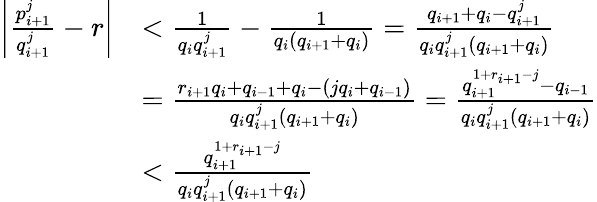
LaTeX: \begin{array}{rl}{\left|\frac{p_{i+1}^{j}}{q_{i+1}^{j}}-r\right|}&{<\frac{1}{q_{i}q_{i+1}^{j}}-\frac{1}{q_{i}(q_{i+1}+q_{i})}=\frac{q_{i+1}+q_{i}-q_{i+1}^{j}}{q_{i}q_{i+1}^{j}(q_{i+1}+q_{i})}}\\ &{=\frac{r_{i+1}q_{i}+q_{i-1}+q_{i}-(jq_{i}+q_{i-1})}{q_{i}q_{i+1}^{j}(q_{i+1}+q_{i})}=\frac{q_{i+1}^{1+r_{i+1}-j}-q_{i-1}}{q_{i}q_{i+1}^{j}(q_{i+1}+q_{i})}}\\ &{<\frac{q_{i+1}^{1+r_{i+1}-j}}{q_{i}q_{i+1}^{j}(q_{i+1}+q_{i})}}\end{array}